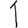
Digit: 1